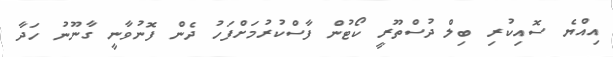
އިއްޔެ ސޮއިކުރި ބިލް ދުސްތޫރީ ކޯޓުން ފާސްކުރުމަށްފަހު ދެން ފޮނުވާނީ ގާނޫނު ހަދާ